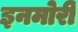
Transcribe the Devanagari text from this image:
इनमोरी